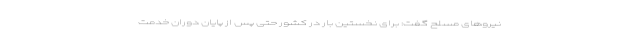
نیروهای مسلح گفت: برای نخستین بار در کشور حتی پس از پایان دوران خدمت